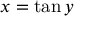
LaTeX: x = \tan y \,